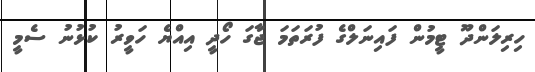
ހިރިލަންދޫ ޓީމުން ފައިނަލްގެ ފުރަތަމަ ޖާގަ ހޯދީ އިއްޔެ ހަވީރު ކުޅުނު ސެމީ